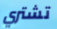
تشتري